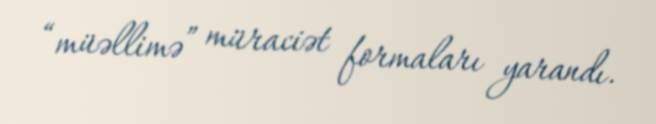
“müəllimə” müraciət formaları yarandı.